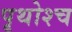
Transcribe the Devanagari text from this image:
पृथोश्च